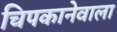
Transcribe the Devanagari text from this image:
चिपकानेवाला